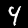
Digit: 4